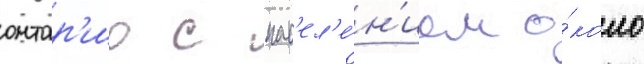
онтар'ио с нас'ел'е́н'ием о́коло